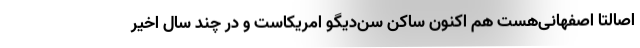
‌اصالتا اصفهانی‌هست هم اکنون ساکن سن‌دیگو امریکاست و در چند سال اخیر